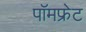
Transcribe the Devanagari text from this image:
पॉमफ्रेट